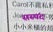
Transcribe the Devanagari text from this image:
सस्पंद